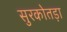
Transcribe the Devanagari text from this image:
सुरकोतड़ा